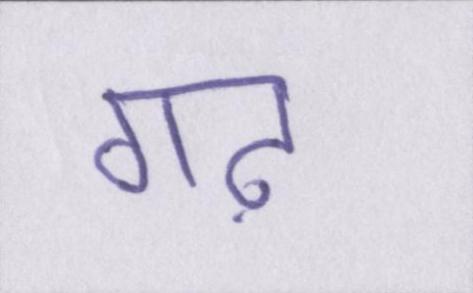
गढ़